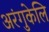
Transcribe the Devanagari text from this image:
अरंगुकेलि